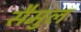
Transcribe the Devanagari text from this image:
सैमुल